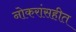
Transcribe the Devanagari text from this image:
नोकरांसहीत